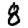
Digit: 8